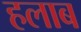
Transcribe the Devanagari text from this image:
हलाब